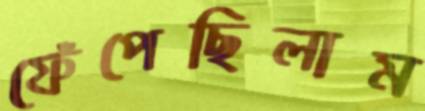
ফেঁপেছিলাম